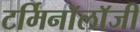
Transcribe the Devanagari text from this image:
टर्मिनाॅलाॅजी